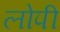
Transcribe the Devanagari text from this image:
लोपी